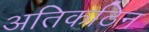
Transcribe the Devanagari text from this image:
अतिकठिन